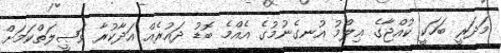
މަދަރީ ބަހަކީ ކުއްޖާގެ ޢިލްމު އުނގެނުމުގެ އެއްމެ ބޮޑު ދައުރެއް އަދާކުރާ ވަޞީލަތްކަމަށް